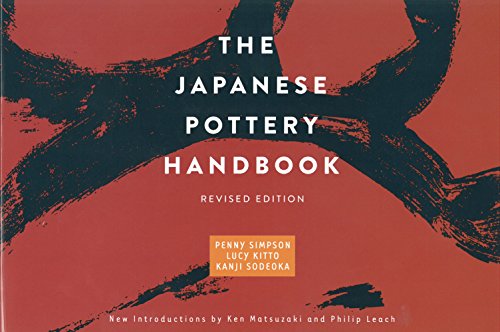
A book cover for The Japanese Pottery Handbook: Revised Edition; Penny Simpson; Crafts, Hobbies & Home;